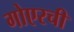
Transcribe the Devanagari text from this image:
गोएरची